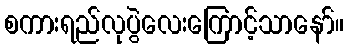
စကားရည်လုပွဲလေးကြောင့်သာနော်။